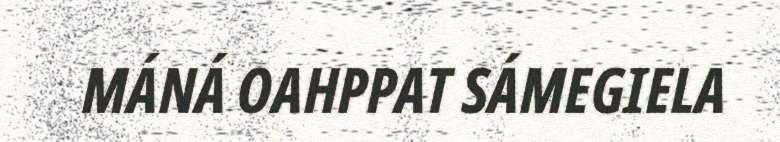
MÁNÁ OAHPPAT SÁMEGIELA